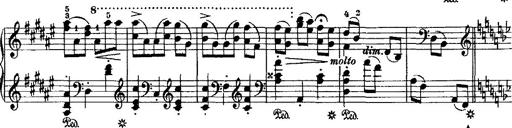
Title: Grande valse di bravura
Composer: Franz Liszt